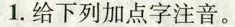
1. 给下列加点字注音。